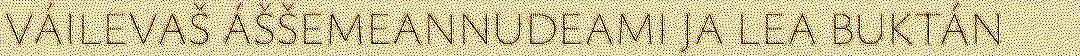
VÁILEVAŠ ÁŠŠEMEANNUDEAMI JA LEA BUKTÁN